Scottish Leaving Certificate Examination, 1957
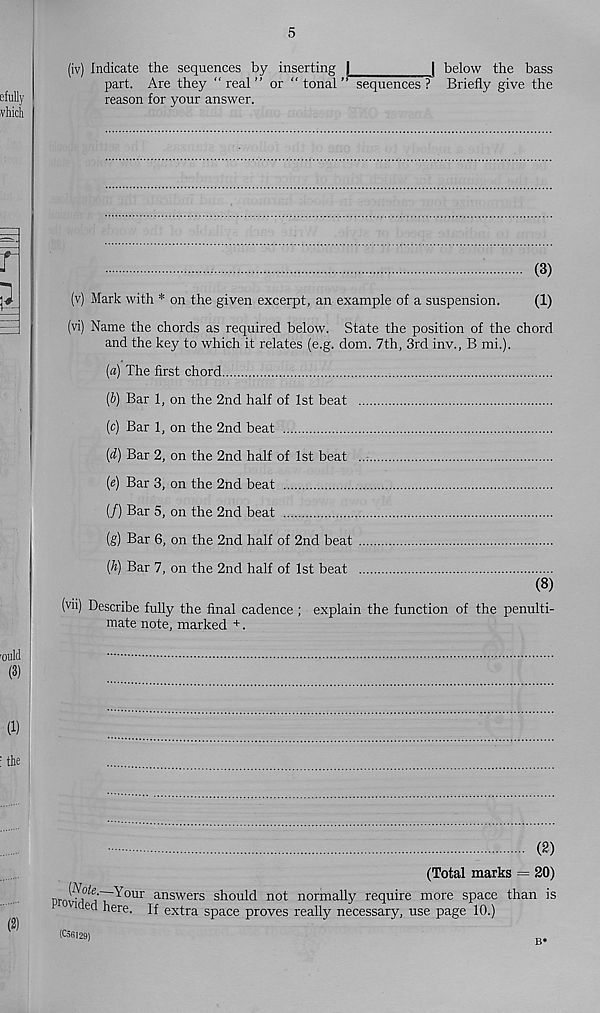
5
(iv) Indicate the sequences by inserting j
j below the bass
part. Are they “ real ” or “ tonal ” sequences ? Briefly give the
reason for your answer.
(3)
(v) Mark with * on the given excerpt, an example of a suspension.
(1)
(vi) Name the chords as required below. State the position of the chord
and the key to which it relates (e.g. dom. 7th, 3rd inv., B mi.).
(а) The first chord
(б) Bar 1, on the 2nd half of 1st beat
(c) Bar 1, on the 2nd beat
[d) Bar 2, on the 2nd half of 1st beat
(fi) Bar 3, on the 2nd beat
(/) Bar 5, on the 2nd beat
(g) Bar 6, on the 2nd half of 2nd beat
(A) Bar 7, on the 2nd half of 1st beat
(8)
(vii) Describe fully the final cadence ; explain the function of the penulti-
mate note, marked +.
00
(Total marks = 20)
provd^i’Tr^0 111 " answers should not normally require more space than is
1 ed here. If extra space proves really necessary, use page 10.)
(C56129)
B*